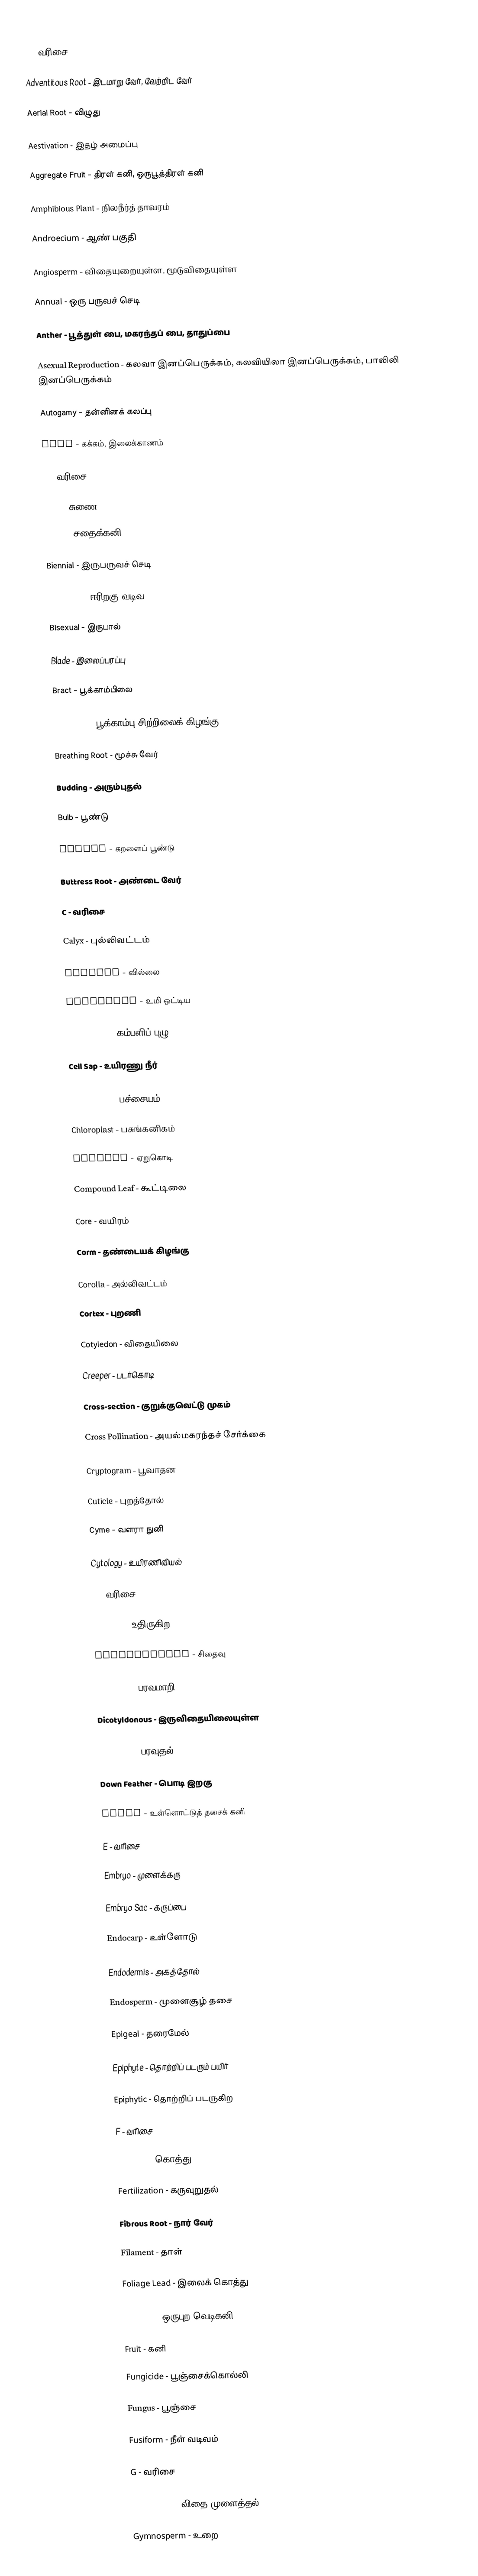

A - வரிசை

Adventitous Root - இடமாறு வேர், வேற்றிட வேர்

Aerial Root - விழுது

Aestivation - இதழ் அமைப்பு

Aggregate Fruit - திரள் கனி, ஒருபூத்திரள் கனி

Amphibious Plant - நிலநீர்த் தாவரம்

Androecium - ஆண் பகுதி

Angiosperm - விதையுறையுள்ள, மூடுவிதையுள்ள

Annual - ஒரு பருவச் செடி

Anther - பூத்துள் பை, மகரந்தப் பை, தாதுப்பை

Asexual Reproduction - கலவா இனப்பெருக்கம், கலவியிலா இனப்பெருக்கம், பாலிலி இனப்பெருக்கம்

Autogamy - தன்னினக் கலப்பு

Axil - கக்கம், இலைக்காணம்

B - வரிசை

Barb - சுணை

Berry - சதைக்கனி

Biennial - இருபருவச் செடி

Bipinnate - ஈரிறகு வடிவ

Bisexual - இருபால்

Blade - இலைப்பரப்பு

Bract - பூக்காம்பிலை

Bracteole - பூக்காம்பு சிற்றிலைக் கிழங்கு

Breathing Root - மூச்சு வேர்

Budding - அரும்புதல்

Bulb - பூண்டு

Bulbil - கறளைப் பூண்டு

Buttress Root - அண்டை வேர்

C - வரிசை

Calyx - புல்லிவட்டம்

Capsule - வில்லை

Caryopsis - உமி ஒட்டிய

Caterpillar - கம்பளிப் புழு

Cell Sap - உயிரணு நீர்

Chlorophyll - பச்சையம்

Chloroplast - பசுங்கனிகம்

Climber - ஏறுகொடி

Compound Leaf - கூட்டிலை

Core - வயிரம்

Corm - தண்டையக் கிழங்கு

Corolla - அல்லிவட்டம்

Cortex - புறணி

Cotyledon - விதையிலை

Creeper - படர்கொடி

Cross-section - குறுக்குவெட்டு முகம்

Cross Pollination - அயல்மகரந்தச் சேர்க்கை

Cryptogram - பூவாதன

Cuticle - புறத்தோல்

Cyme - வளரா நுனி

Cytology - உயிரணிவியல்

D - வரிசை

Deciduos - உதிருகிற

Degeneration - சிதைவு

Dichogamy - பரவமாறி

Dicotyldonous - இருவிதையிலையுள்ள

Dispersal - பரவுதல்

Down Feather - பொடி இறகு

Drupe - உள்ளொட்டுத் தசைக் கனி

E - வரிசை

Embryo - முளைக்கரு

Embryo Sac - கருப்பை

Endocarp - உள்ளோடு

Endodermis - அகத்தோல்

Endosperm - முளைசூழ் தசை

Epigeal - தரைமேல்

Epiphyte - தொற்றிப் படரும் பயிர்

Epiphytic - தொற்றிப் படருகிற

F - வரிசை

Fascicle - கொத்து

Fertilization - கருவுறுதல்

Fibrous Root - நார் வேர்

Filament - தாள்

Foliage Lead - இலைக் கொத்து

Follicle - ஒருபுற வெடிகனி

Fruit - கனி

Fungicide - பூஞ்சைக்கொல்லி

Fungus - பூஞ்சை

Fusiform - நீள் வடிவம்

G - வரிசை

Germination - விதை முளைத்தல்

Gymnosperm - உறை